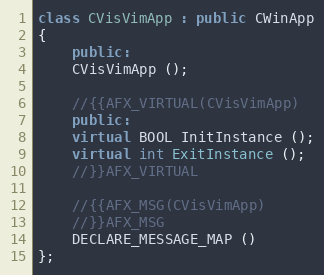
Language: C++
class CVisVimApp : public CWinApp
{
    public:
	CVisVimApp ();

	//{{AFX_VIRTUAL(CVisVimApp)
    public:
	virtual BOOL InitInstance ();
	virtual int ExitInstance ();
	//}}AFX_VIRTUAL

	//{{AFX_MSG(CVisVimApp)
	//}}AFX_MSG
	DECLARE_MESSAGE_MAP ()
};